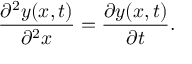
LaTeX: { \frac { \partial ^ { 2 } y ( x , t ) } { \partial ^ { 2 } x } } = { \frac { \partial y ( x , t ) } { \partial t } } .